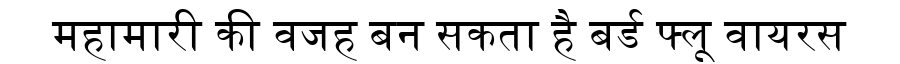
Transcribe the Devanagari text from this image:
महामारी की वजह बन सकता है बर्ड फ्लू वायरस